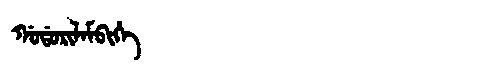
Manchu: ᡤᠣᡩᠣᡵᡳᠯᠠᠮᠪᡳᡥᡝ
Romanization: GODORILAMBIHE